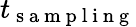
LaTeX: t_{\mathrm{~s~a~m~p~l~i~n~g~}}